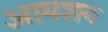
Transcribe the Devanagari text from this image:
आमशय